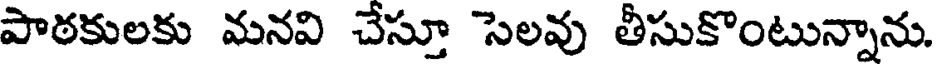
పాఠకులకు మనవి చేస్తూ సెలవు తీసుకొంటున్నాను.